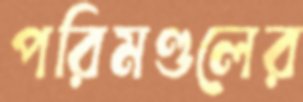
পরিমণ্ডলের